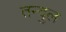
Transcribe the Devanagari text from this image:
तन्दुल